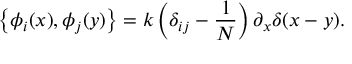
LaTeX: \left\{ \phi _ { i } ( x ) , \phi _ { j } ( y ) \right\} = k \left( \delta _ { i j } - \frac { 1 } { N } \right) \partial _ { x } \delta ( x - y ) .